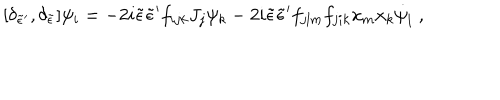
[ \delta _ { { \tilde { \epsilon } } { ' } } , \delta _ { \tilde { \epsilon } } ] \psi _ { i } = - 2 i { \tilde { \epsilon } } { \tilde { \epsilon } } { ' } f _ { i j k } J _ { j } \psi _ { k } - 2 i { \tilde { \epsilon } } { \tilde { \epsilon } } { ' } f _ { j l m } f _ { j i k } x _ { m } x _ { k } { \dot { \psi } } _ { l } \; ,